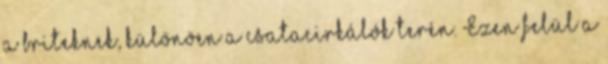
a briteknek, különöen a csatacirkálók terén. Ezen felül a